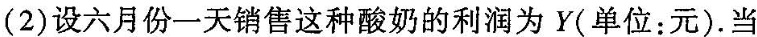
(2)设六月份一天销售这种酸奶的利润为Y(单位：元)。当